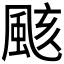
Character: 𮨫